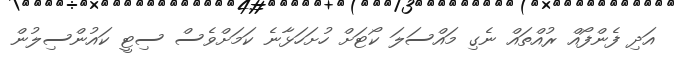
އަދި ފެންފޯއް ރުއްތައް ނެގި މައްސަލަ ކޯޓަށް ހުށަހަޅާނެ ކަމަށްވެސް ސިޓީ ކައުންސިލުން